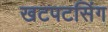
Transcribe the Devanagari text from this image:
खटपटसिंग